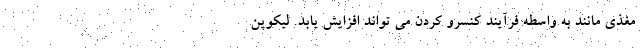
مغذی مانند به واسطه فرآیند کنسرو کردن می تواند افزایش یابد. لیکوپن